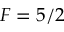
F = 5 / 2